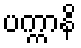
ပက္ကာနိ